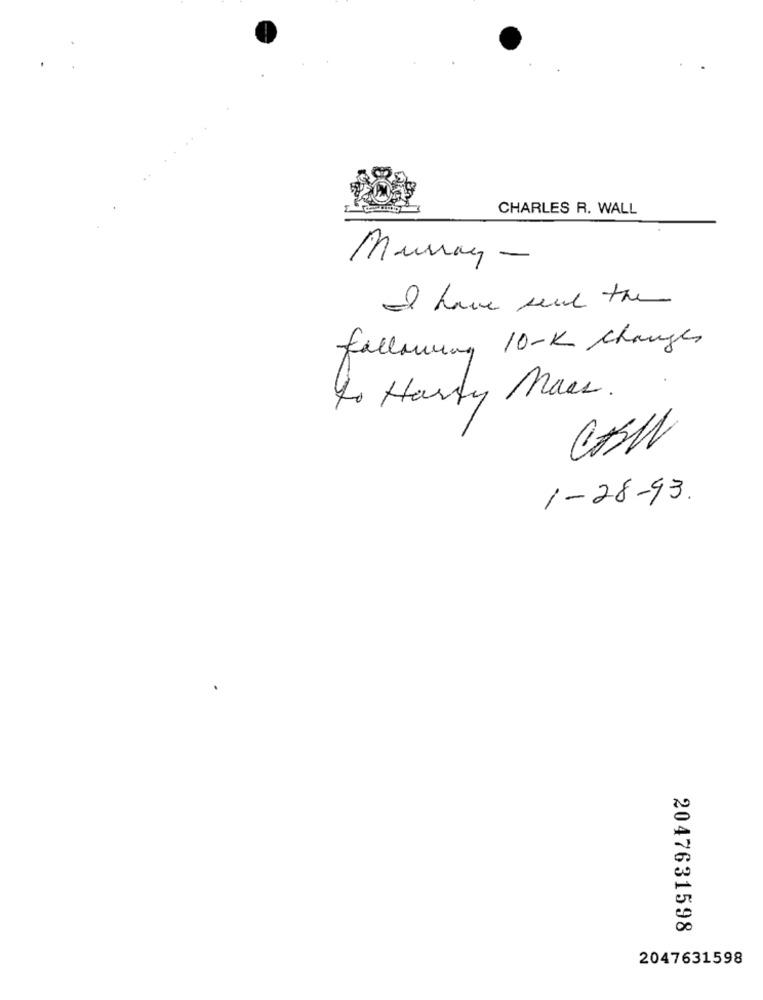
CHARLES R. WALL
Murray-
I have send the
following 10-K Changes
to Harty Mass.
1-28-93.
2047631598
2047631598